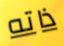
ذاته